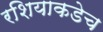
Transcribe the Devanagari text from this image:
रशियाकडेच